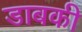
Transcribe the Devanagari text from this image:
डाबकी